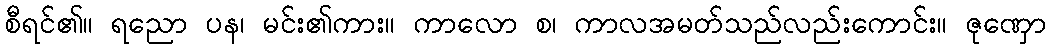
စီရင်၏။ ရညော ပန၊ မင်း၏ကား။ ကာလော စ၊ ကာလအမတ်သည်လည်းကောင်း။ ဇုဏှော